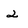
Character: 2